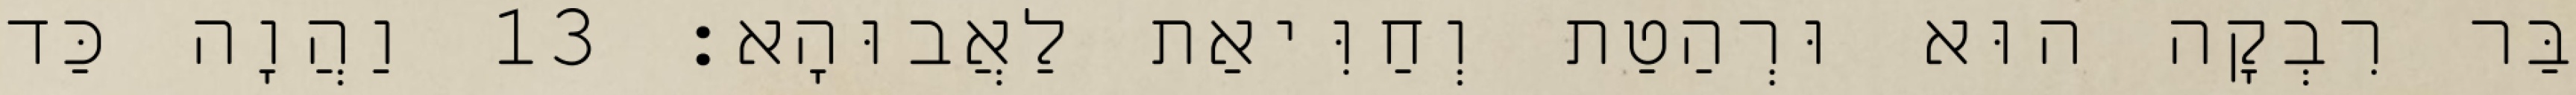
בַּר רִבְקָה הוּא וּרְהַטַת וְחַוִּיאַת לַאֲבוּהָא׃ 13 וַהֲוָה כַּד